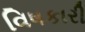
વિષકારી